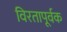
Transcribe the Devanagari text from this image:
विरतापूर्वक